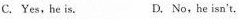
C.Yes, he is. D. No,he isn't. .